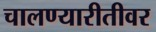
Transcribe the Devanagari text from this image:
चालण्यारीतीवर